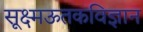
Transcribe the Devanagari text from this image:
सूक्ष्मऊतकविज्ञान